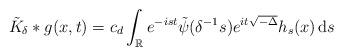
LaTeX: \begin{align*}\tilde K_{\delta}\ast g(x,t) = c_d\int_\mathbb{R} e^{-i st}\tilde\psi(\delta^{-1} s) e^{it\sqrt{-\Delta}}h_s(x) \, \mathrm{d}s\end{align*}